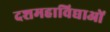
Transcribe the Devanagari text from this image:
दशमहाविद्याओं